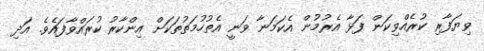
ވިޔަފާރި ކުރެއްވިކަން ފަޅާ އެރުމުން އެކަމަނާ ވަނީ އެތުހުމަތުތަކަށް އިންކާރު ކުރައްވާފައެވެ. އަދި